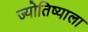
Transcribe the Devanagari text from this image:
ज्योतिष्याला